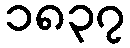
၁၈၃၇